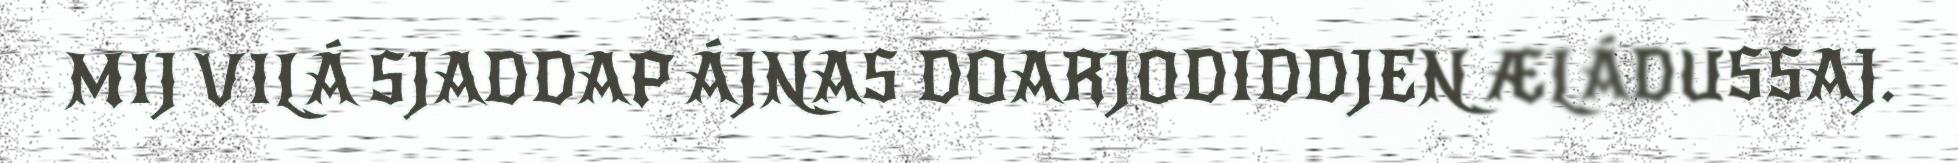
MIJ VILÁ SJADDAP ÁJNAS DOARJODIDDJEN ÆLÁDUSSAJ.